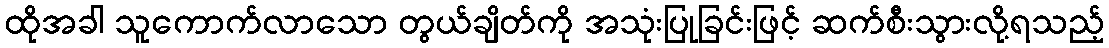
ထိုအခါ သူကောက်လာသော တွယ်ချိတ်ကို အသုံးပြုခြင်းဖြင့် ဆက်စီးသွားလို့ရသည့်